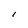
Character: I